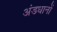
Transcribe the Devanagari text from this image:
अंडधानों